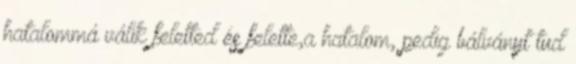
hatalommá válik feletted és felette,a hatalom, pedig bálványt tud